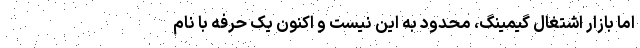
اما بازار اشتغال گیمینگ، محدود به این نیست و اکنون یک حرفه با نام